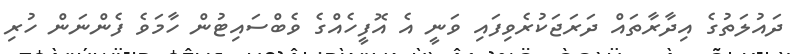
ދައުލަތުގެ އިދާރާތައް ދަރަޖަކުރެވިފައި ވަނީ އެ އޮފީހެއްގެ ވެބްސައިޓުން ހާމަވެ ފެންނަން ހުރި